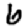
Digit: 6